Vaccination in Bombay 1902-1912 - 1902-1912
Year: 1902
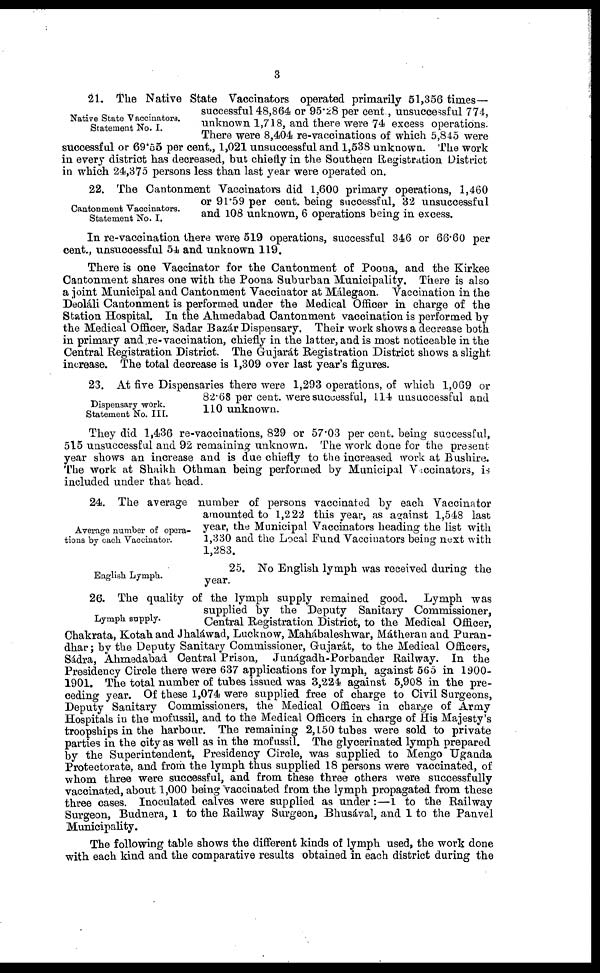
3
Native State Vaccinators.
Statement No. I.
21. The Native State Vaccinators operated primarily 51,356 times—
successful 48,864 or 95.28 per cent., unsuccessful 774,
unknown 1,718, and there were 74 excess operations.
There were 8,404 re-vaccinations of which 5,845 were
successful or 69.55 per cent., 1,021 unsuccessful and 1,538 unknown. The work
in every district has decreased, but chiefly in the Southern Registration District
in which 24,375 persons less than last year were operated on.
Cantonment Vaccinators.
Statement No. I.
22. The Cantonment Vaccinators did 1,600 primary operations, 1,460
or 91.59 per cent. being successful, 32 unsuccessful
and 108 unknown, 6 operations being in excess.
In re-vaccination there were 519 operations, successful 346 or 66.60 per
cent., unsuccessful 54 and unknown 119.
There is one Vaccinator for the Cantonment of Poona, and the Kirkee
Cantonment shares one with the Poona Suburban Municipality. There is also
a joint Municipal and Cantonment Vaccinator at Málegaon. Vaccination in the
Deoláli Cantonment is performed under the Medical Officer in charge of the
Station Hospital. In the Ahmedabad Cantonment vaccination is performed by
the Medical Officer, Sadar Bazár Dispensary. Their work shows a decrease both
in primary and re-vaccination, chiefly in the latter, and is most noticeable in the
Central Registration District. The Gujarát Registration District shows a slight
increase. The total decrease is 1,309 over last year's figures.
Dispensary work.
Statement No. III.
23. At five Dispensaries there were 1,293 operations, of which 1,069 or
82.68 per cent. were successful, 114 unsuccessful and
110 unknown.
They did 1,436 re-vaccinations, 829 or 57.03 per cent. being successful,
515 unsuccessful and 92 remaining unknown. The work done for the present
year shows an increase and is due chiefly to the increased work at Bushire.
The work at Shaikh Othman being performed by Municipal Vaccinators, is
included under that head.
Average number of opera-
tions by each Vaccinator.
24. The average number of persons vaccinated by each Vaccinator
amounted to 1,222 this year, as against 1,548 last
year, the Municipal Vaccinators heading the list with
1,330 and the Local Fund Vaccinators being next with
1,283.
English Lymph.
25. No English lymph was received during the
year.
Lymph supply.
26. The quality of the lymph supply remained good. Lymph was
supplied by the Deputy Sanitary Commissioner,
Central Registration District, to the Medical Officer,
Chakrata, Kotah and Jhaláwad, Lucknow, Mahábaleshwar, Mátheran and Puran¬
dhar; by the Deputy Sanitary Commissioner, Gujarát, to the Medical Officers,
Sádra, Ahmedabad Central Prison, Junágadh-Porbander Railway. In the
Presidency Circle there were 637 applications for lymph, against 565 in 1900-
1901. The total number of tubes issued was 3,224 against 5,908 in the pre-
ceding year. Of these 1,074 were supplied free of charge to Civil Surgeons,
Deputy Sanitary Commissioners, the Medical Officers in charge of Army
Hospitals in the mofussil, and to the Medical Officers in charge of His Majesty's
troopships in the harbour. The remaining 2,150 tubes were sold to private
parties in the city as well as in the mofussil. The glycerinated lymph prepared
by the Superintendent, Presidency Circle, was supplied to Mengo Uganda
Protectorate, and from the lymph thus supplied 18 persons were vaccinated, of
whom three were successful, and from these three others were successfully
vaccinated, about 1,000 being vaccinated from the lymph propagated from these
three cases. Inoculated calves were supplied as under :—1 to the Railway
Surgeon, Budnera, 1 to the Railway Surgeon, Bhusával, and 1 to the Panvel
Municipality.
The following table shows the different kinds of lymph used, the work done
with each kind and the comparative results obtained in each district during the